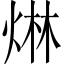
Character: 𤊩